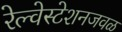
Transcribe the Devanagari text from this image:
रेल्वेस्टेशनजवळ